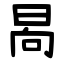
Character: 晑